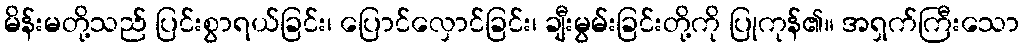
မိန်းမတို့သည် ပြင်းစွာရယ်ခြင်း၊ ပြောင်လှောင်ခြင်း၊ ချီးမွမ်းခြင်းတို့ကို ပြုကုန်၏။ အရှက်ကြီးသော